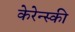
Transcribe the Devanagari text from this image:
केरेन्स्की